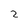
Character: 2